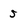
Character: 5